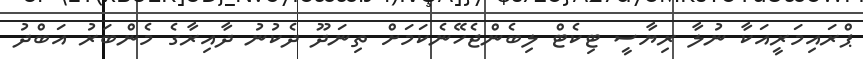
ޕްރައިމަރީއަކާ ނުލާ ރިޔާސީ ޓިކެޓް ލިބެންޖެހޭނެކަމަށް ތިނަދޫ ދެކުނު ދާއިރާގެ މެންބަރު އަބްދު